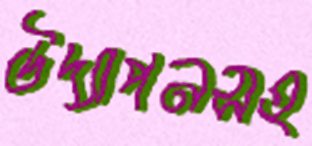
উদ্যাপনসহ